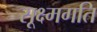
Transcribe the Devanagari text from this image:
सूक्ष्‍मगति